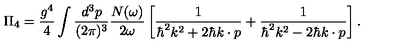
\Pi _ { 4 } = \frac { g ^ { 4 } } { 4 } \int \frac { d ^ { 3 } p } { ( 2 \pi ) ^ { 3 } } \frac { N ( \omega ) } { 2 \omega } \left[ \frac { 1 } { \hbar ^ { 2 } k ^ { 2 } + 2 \hbar k \cdot p } + \frac { 1 } { \hbar ^ { 2 } k ^ { 2 } - 2 \hbar k \cdot p } \right] .